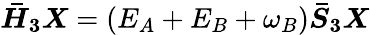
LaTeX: \boldsymbol{\bar{H}_{3}}\boldsymbol{X}=(E_{A}+E_{B}+\omega_{B})\boldsymbol{\bar{{S}}_{3}}\boldsymbol{X}